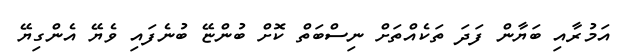
އަމުރާއި ބަޔާން ފަދަ ތަކެއްތަށް ނިސްބަތް ކޮށް ބުންޏޭ ބުނެފައި ވެޔޭ އެންގިޔޭ